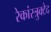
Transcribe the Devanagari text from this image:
रेकांस्त्रुक्टेद